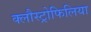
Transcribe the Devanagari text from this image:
क्लौस्ट्रोफिलिया